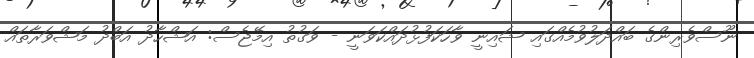
ނޫސްވެރިންގެ ބައްދަލުވުމެއްގައި ޝައިނީ ވާހަކަފުޅުދައްކަވަނީ - ވަގުތު އިމޭޖެސް: އަޝްހާދު އަބްދު މަޝްވަރާތައް